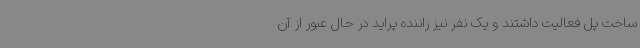
ساخت پل فعالیت داشتند و یک نفر نیز راننده پراید در حال عبور از آن